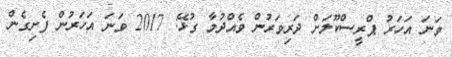
ވަނަ އަހަރު ޕްރީސްކޫލަށް ދަރިވަރުން ވެއްދުމާ ގުޅޭ: 2017 ވަނަ އަހަރުން ފެށިގެން